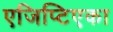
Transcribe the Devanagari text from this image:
एजिप्टिएका